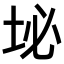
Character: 𪣊